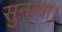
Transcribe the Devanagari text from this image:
सुनाया।